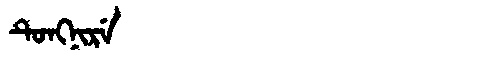
Manchu: ᡨᡠᠩᠨᡳᡵᡝ
Romanization: TUNGNIRE